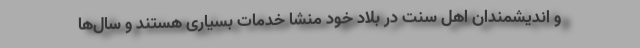
و اندیشمندان اهل سنت در بلاد خود منشا خدمات بسیاری هستند و سال‌ها